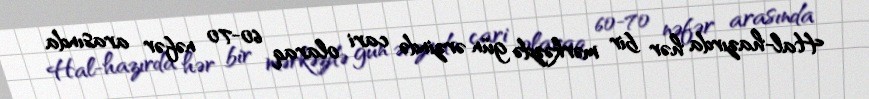
Hal-hazırda hər bir mərkəzdə gün ərzində cari olaraq 60-70 nəfər arasında